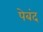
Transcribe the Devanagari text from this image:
पेबंद